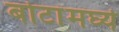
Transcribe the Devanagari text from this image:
बोटांमघ्ये